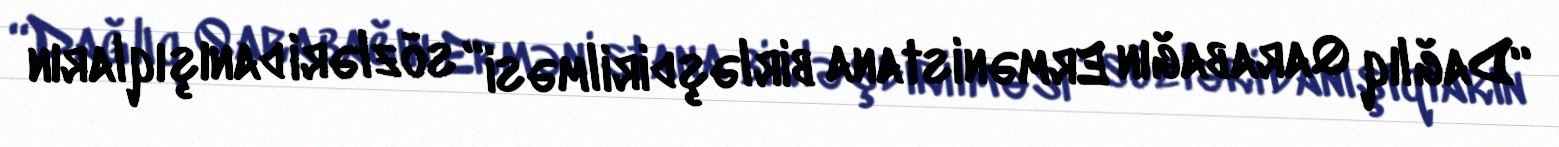
“Dağlıq Qarabağın Ermənistana birləşdirilməsi” sözləri danışıqların